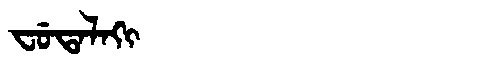
Manchu: ᠸᡠᡨᠠᠯᠠᡴᡳ
Romanization: FUTALAKI